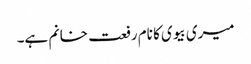
میری بیوی کا نام رفعت خانم ہے۔